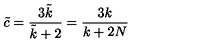
\tilde { c } = \frac { 3 \tilde { k } } { \tilde { k } + 2 } = \frac { 3 k } { k + 2 N }